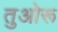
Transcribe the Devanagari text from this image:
तुओरू